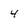
Character: 4